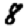
Digit: 8